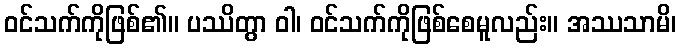
ဝင်သက်ကိုဖြစ်၏။ ပဿိတွာ ဝါ၊ ဝင်သက်ကိုဖြစ်စေမူလည်း။ အဿသာမိ၊